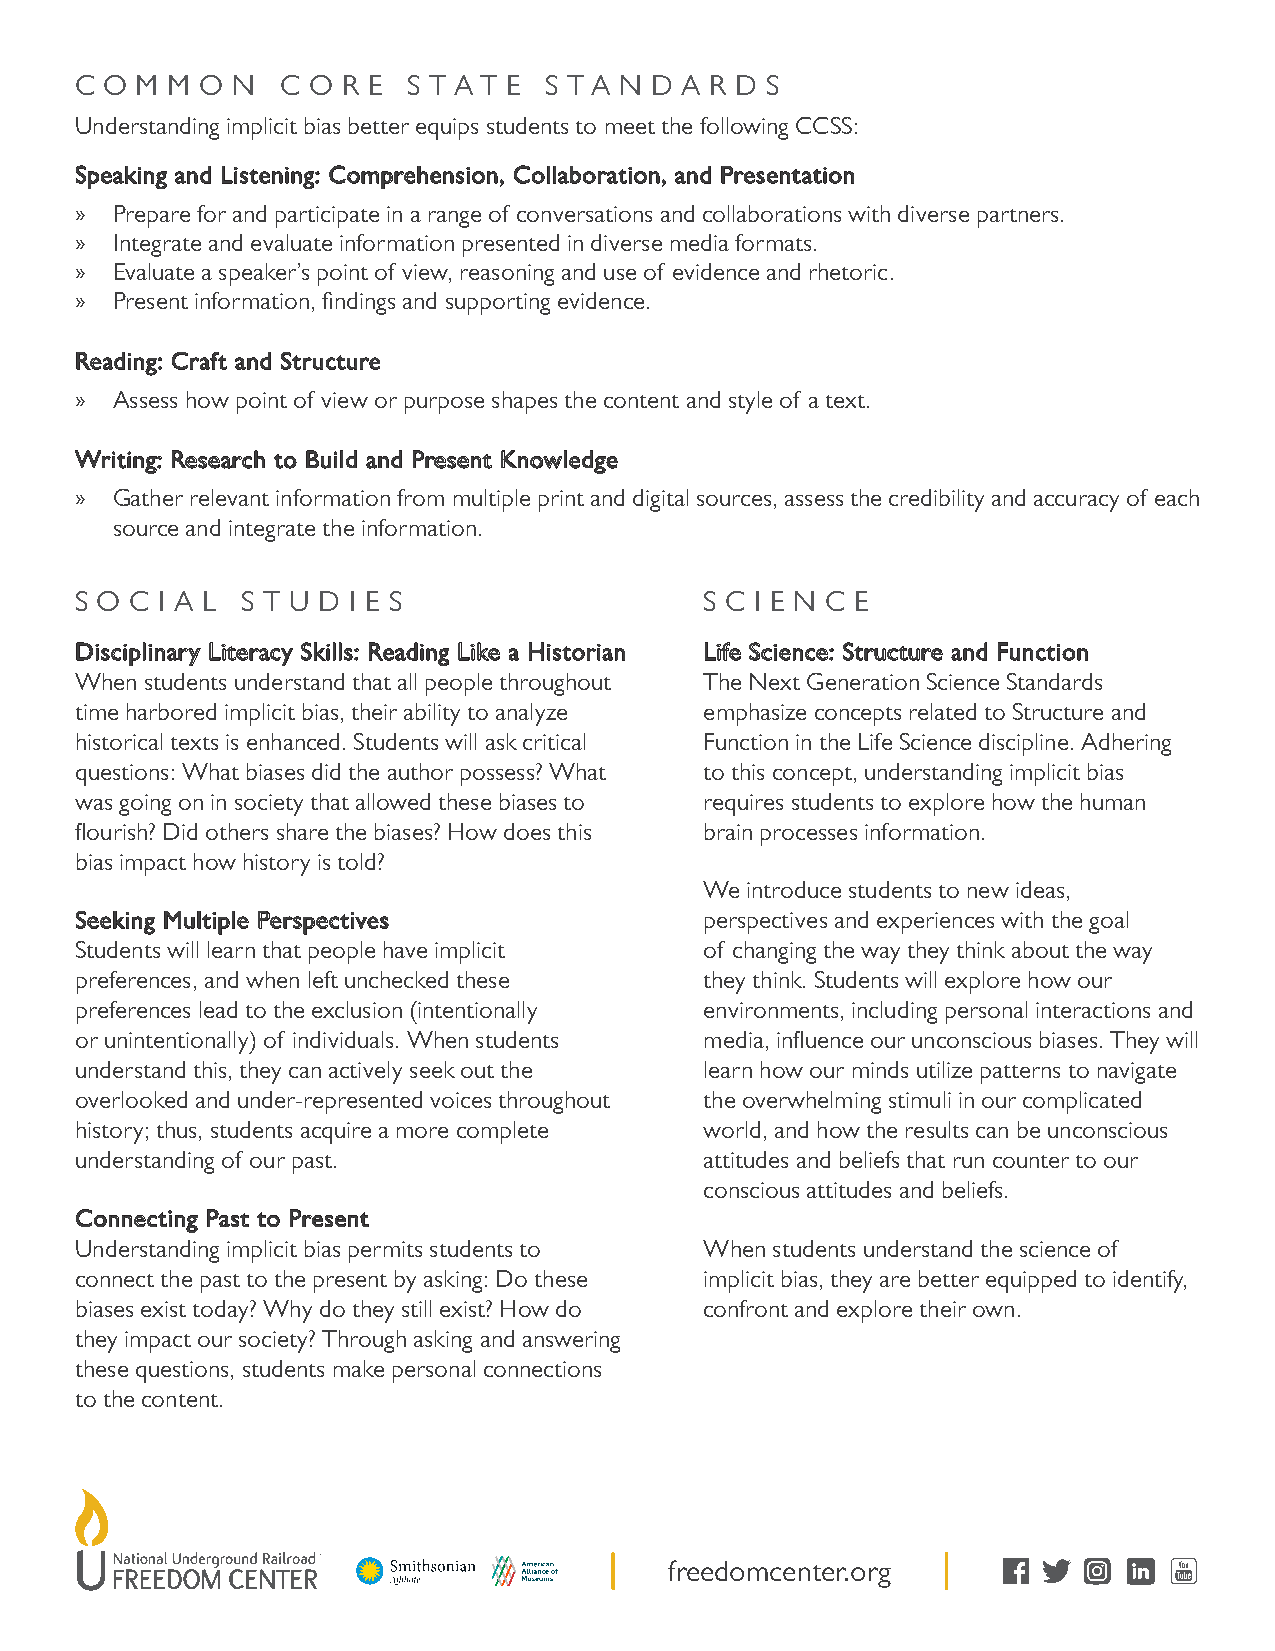
C O M M O N   C O R E S T A T E S T A N D A R D S
 Understanding implicit bias better equips students to meet the following CCSS:
 SSppeeaakkiinngg aanndd LLiisstteenniinngg:: CCoommpprreehheennssiioonn,, CCoollllaabboorraattiioonn,, aanndd PPrreesseennttaattiioonn
 » Prepare for and participate in a range of conversations and collaborations with diverse partners.
 » Integrate and evaluate information presented in diverse media formats.
 » Evaluate a speaker’s point of view, reasoning and use of evidence and rhetoric.
 » Present information, findings and supporting evidence.
 RReeaaddiinngg:: CCrraafftt aanndd SSttrruuccttuurree
 » Assess how point of view or purpose shapes the content and style of a text.
 WWrriittiinngg:: RReesseeaarrcchh ttoo BBuuiilldd aanndd PPrreesseenntt KKnnoowwlleeddggee
 » Gather relevant information from multiple print and digital sources, assess the credibility and accuracy of each
 source and integrate the information.
 S O C I A L S T U D I E S                 S C I E N C E
 DDiisscciipplliinnaarryy LLiitteerraaccyy SSkkiillllss:: RReeaaddiinngg LLiikkee aa HHiissttoorriiaann LLiiffee SScciieennccee:: SSttrruuccttuurree aanndd FFuunnccttiioonn
 When students understand that all people throughout The Next Generation Science Standards
 time harbored implicit bias, their ability to analyze emphasize concepts related to Structure and
 historical texts is enhanced. Students will ask critical Function in the Life Science discipline. Adhering
 questions: What biases did the author possess? What to this concept, understanding implicit bias
 was going on in society that allowed these biases to requires students to explore how the human
 flourish? Did others share the biases? How does this brain processes information.
 bias impact how history is told?
 We introduce students to new ideas,
 SSeeeekkiinngg MMuullttiippllee PPeerrssppeeccttiivveess perspectives and experiences with the goal
 Students will learn that people have implicit of changing the way they think about the way
 preferences, and when left unchecked these they think. Students will explore how our
 preferences lead to the exclusion (intentionally environments, including personal interactions and
 or unintentionally) of individuals. When students media, influence our unconscious biases. They will
 understand this, they can actively seek out the learn how our minds utilize patterns to navigate
 overlooked and under-represented voices throughout the overwhelming stimuli in our complicated
 history; thus, students acquire a more complete world, and how the results can be unconscious
 understanding of our past.                attitudes and beliefs that run counter to our
 conscious attitudes and beliefs.
 CCoonnnneeccttiinngg PPaasstt ttoo PPrreesseenntt
 Understanding implicit bias permits students to When students understand the science of
 connect the past to the present by asking: Do these implicit bias, they are better equipped to identify,
 biases exist today? Why do they still exist? How do confront and explore their own.
 they impact our society? Through asking and answering
 these questions, students make personal connections
 to the content.
 freedomcenter.org